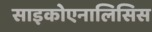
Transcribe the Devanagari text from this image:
साइकोएनालिसिस